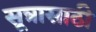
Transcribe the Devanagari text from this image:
सूत्रासाठी